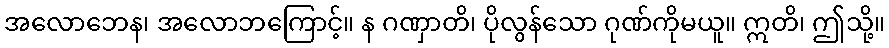
အလောဘေန၊ အလောဘကြောင့်။ န ဂဏှာတိ၊ ပိုလွန်သော ဂုဏ်ကိုမယူ။ ဣတိ၊ ဤသို့။